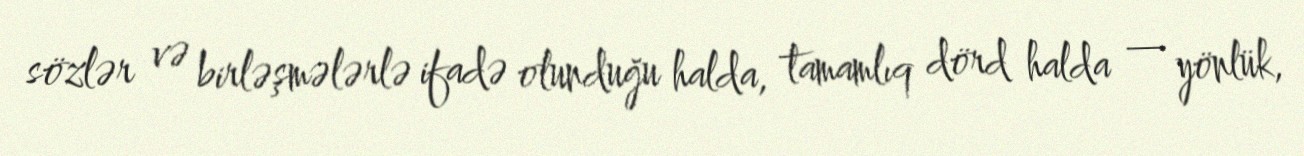
sözlər və birləşmələrlə ifadə olunduğu halda, tamamlıq dörd halda — yönlük,